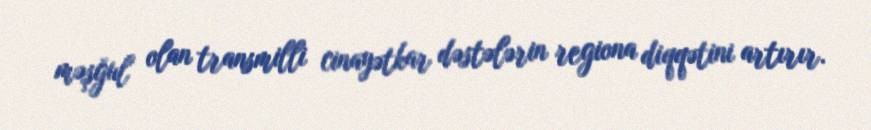
məşğul olan transmilli cinayətkar dəstələrin regiona diqqətini artırır.